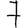
Digit: 7